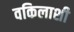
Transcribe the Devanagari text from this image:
वकिलाशी